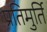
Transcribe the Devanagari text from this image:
प्रतिमुर्ति